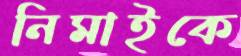
নিমাইকে